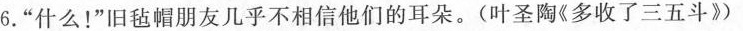
6.”什么！”旧毡帽朋友几乎不相信他们的耳朵。(叶圣陶《多收了三五斗》)